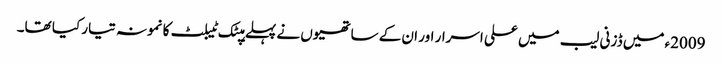
2009ء میں ڈزنی لیب میں علی اسرار اور ان کے ساتھیوں نے پہلے ہپٹک ٹیبلٹ کا نمونہ تیار کیا تھا۔